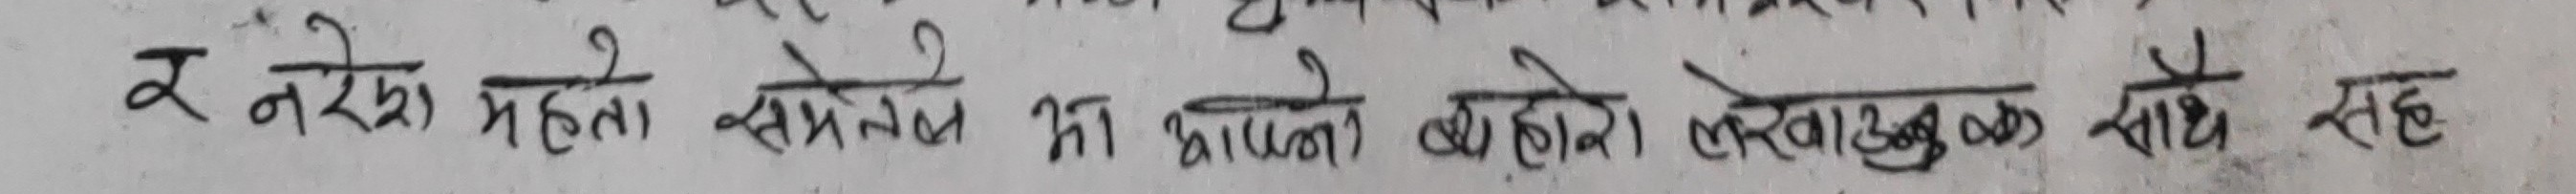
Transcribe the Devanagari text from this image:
र नरेश मेहता सम्ले भने का आउले, लेखाउक साथ सहे